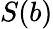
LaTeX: S(b)